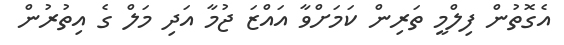
އެގޮތުން ފިލްމީ ތަރިން ކަމަށްވާ އައްޒަ ޖުމާ އަދި މަލް ގެ އިތުރުން